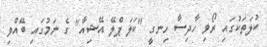
ކުލަތަކުގައި ރޯވި ހާދިސާ ހިނގީ "ކަލަ ޕްލޭ އޭޝިއާ" ގެ ނަމުގައި ބޭއްވި